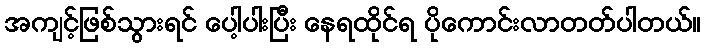
အကျင့်ဖြစ်သွားရင် ပေါ့ပါးပြီး နေရထိုင်ရ ပိုကောင်းလာတတ်ပါတယ်။